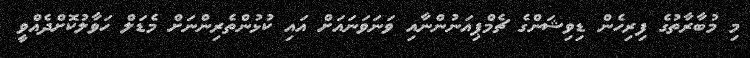
މި މުބާރާތުގެ ފިރިހެން ޑިވިޝަންގެ ޗެމްޕިއަނުންނާއި ވަނަވަނައަށް އައި ކުޅުންތެރިންނަށް މެޑަލް ހަވާލުކޮށްދެއްވީ